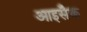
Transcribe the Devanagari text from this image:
आइसैक